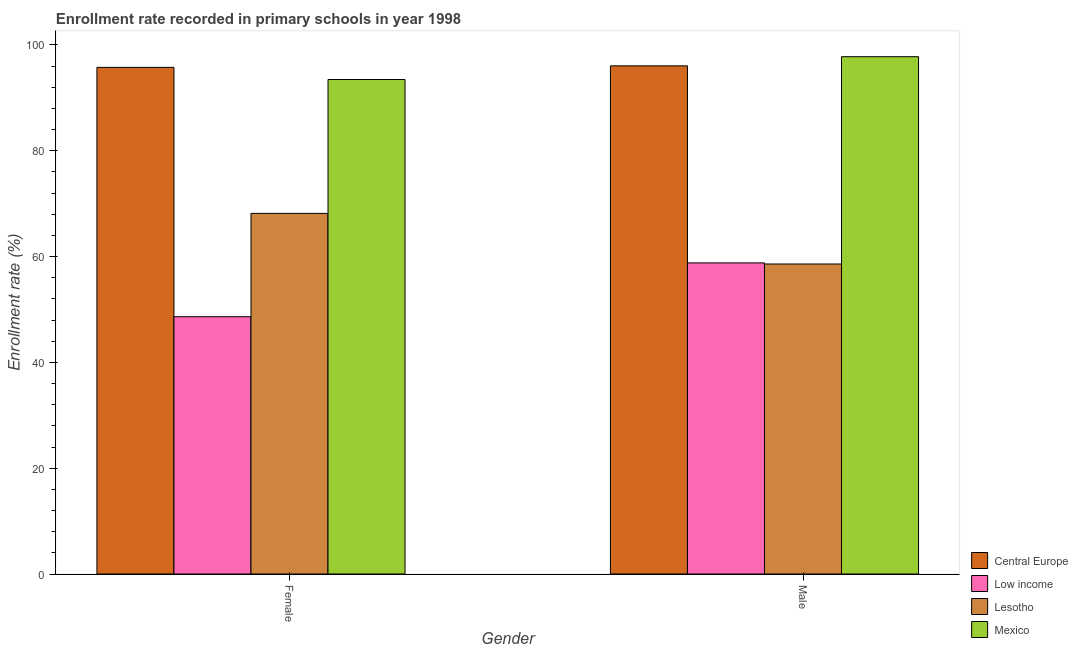
| Gender | Central Europe | Low income | Lesotho | Mexico |
 | --- | --- | --- | --- | --- |
 | Female | 95.8 | 48.6 | 68.2 | 93.5 |
 | Male | 96.1 | 58.8 | 58.6 | 97.8 |